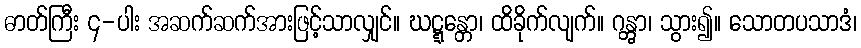
ဓာတ်ကြီး ၄-ပါး အဆက်ဆက်အားဖြင့်သာလျှင်။ ဃဋ္ဋန္တော၊ ထိခိုက်လျက်။ ဂန္တွာ၊ သွား၍။ သောတပသာဒံ၊